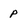
Character: p